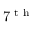
7 ^ { \textrm { t h } }